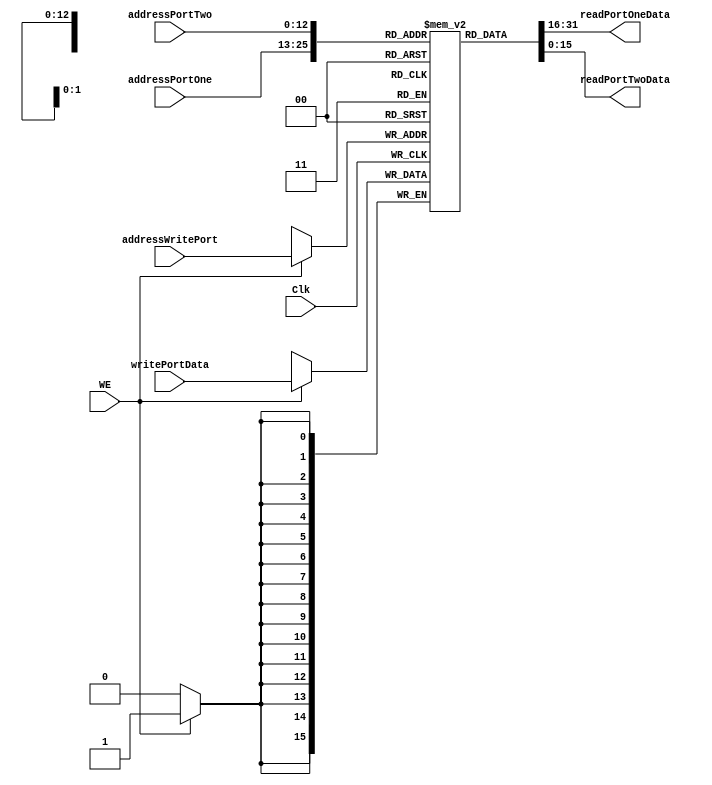
module RAM
#(parameter N = 16, M = 6000, K = 13) // generic paramter
(input WE, Clk, //write enable , clock
input[K-1:0]addressPortOne,
input[K-1:0]addressPortTwo,
input[K-1:0]addressWritePort,
output[N-1:0]readPortOneData,
output[N-1:0]readPortTwoData,
input [N-1:0]writePortData);
reg [N-1:0]RAM[0:M-1];

//posedge +ve edge , negegde -ve egde
always @(posedge Clk)
  if(WE) begin
    RAM[addressWritePort] = writePortData;
  end
  
assign readPortOneData = RAM[addressPortOne];
assign readPortTwoData = RAM[addressPortTwo];
endmodule